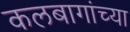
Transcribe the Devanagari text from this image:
कलबागांच्या